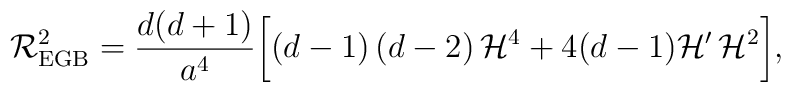
{\cal R}^2_{\rm EGB} = \frac{d ( d + 1)}{a^4} \biggl[ ( d -1 )\, (d -2)\, {\cal H}^4 + 4 ( d -1) {\cal H}'\,{\cal H}^2 \biggr],